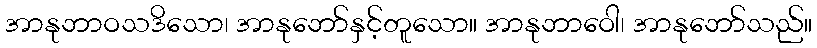
အာနုဘာဝသဒိသော၊ အာနုဘော်နှင့်တူသော။ အာနုဘာဝေါ၊ အာနုဘော်သည်။